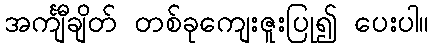
အင်္ကျီချိတ် တစ်ခုကျေးဇူးပြု၍ ပေးပါ။